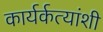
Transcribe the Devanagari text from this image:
कार्यर्कत्यांशी